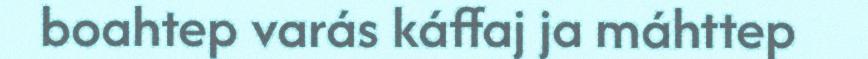
boahtep varás káffaj ja máhttep